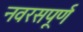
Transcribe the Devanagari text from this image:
नवरसपूर्ण